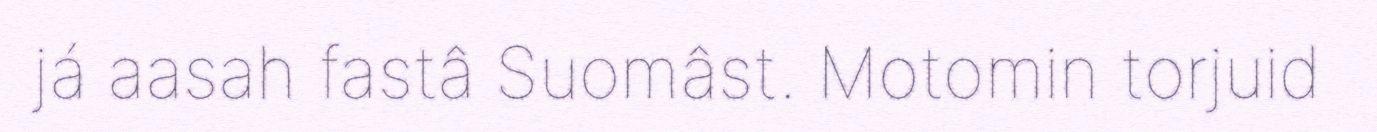
já aasah fastâ Suomâst. Motomin torjuid